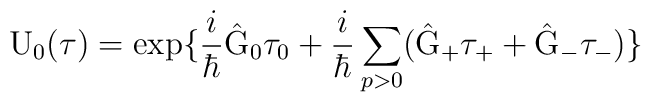
{\rm U}_{0}(\tau) = \exp\{\frac{i}{\hbar} \hat{\rm G}_{0}{\tau}_0 + \frac{i}{\hbar} \sum_{p>0}(\hat{\rm G}_{+} \tau_{+} + \hat{\rm G}_{-} \tau_{-}) \}